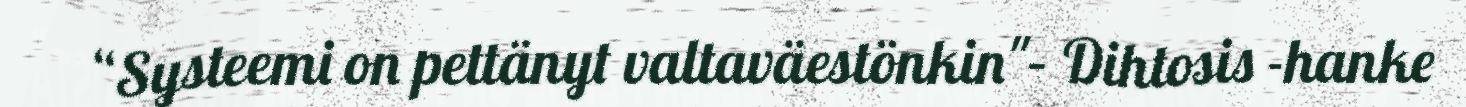
“Systeemi on pettänyt valtaväestönkin"– Dihtosis -hanke